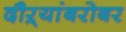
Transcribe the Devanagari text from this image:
दौऱ्यांबरोबर